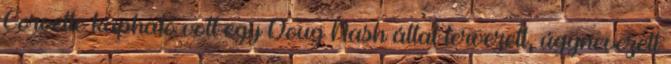
Corvette kapható volt egy Doug Nash által tervezett, úgynevezett